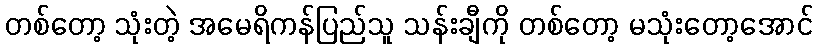
တစ်တော့ သုံးတဲ့ အမေရိကန်ပြည်သူ သန်းချီကို တစ်တော့ မသုံးတော့အောင်